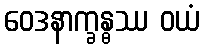
ဝေဒနာက္ခန္ဓဿ ဝယံ